Annual administration report of the Civil Veterinary Department of India - 1893-1894
Year: 1893
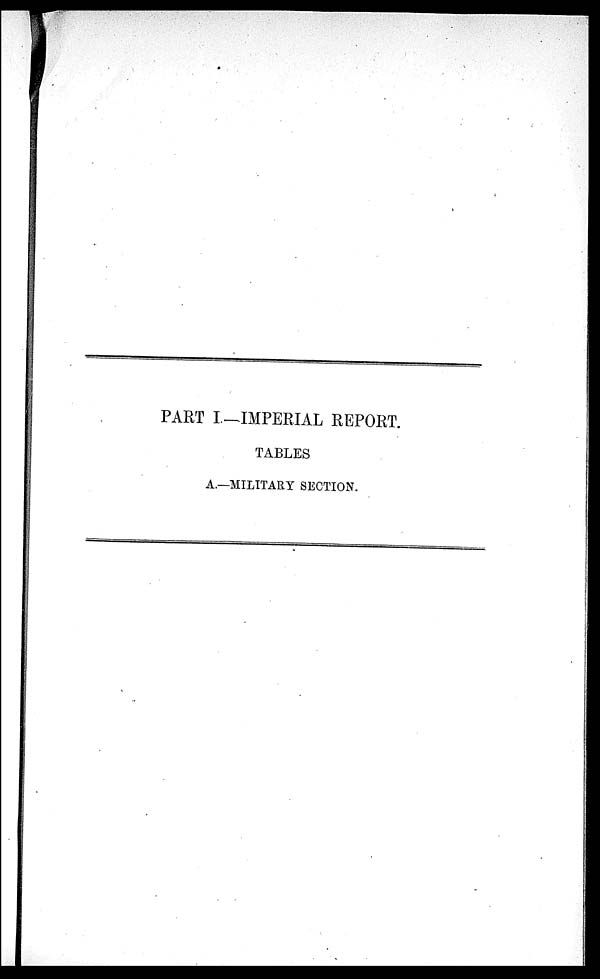
PART I—IMPERIAL REPORT.
TABLES
A.—MILITARY SECTION.